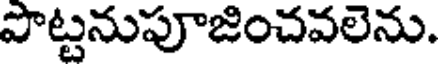
పొట్టనుపూజించవలెను.